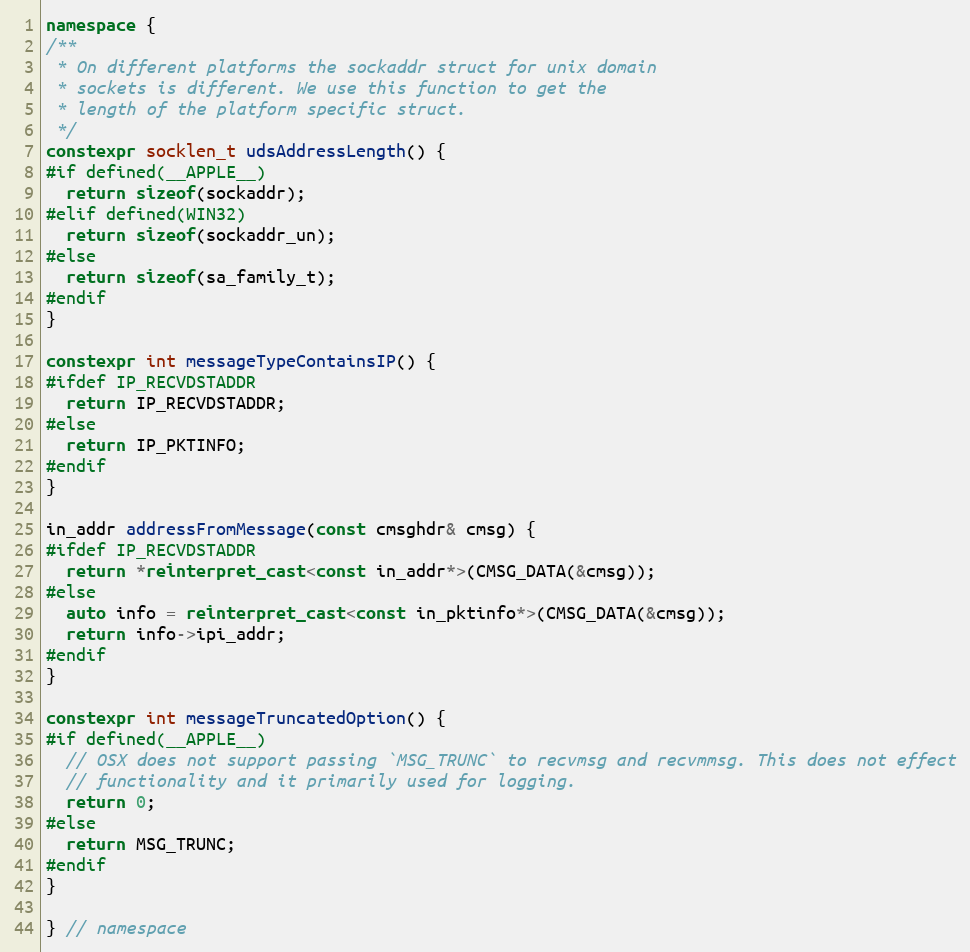
Language: C++
namespace {
/**
 * On different platforms the sockaddr struct for unix domain
 * sockets is different. We use this function to get the
 * length of the platform specific struct.
 */
constexpr socklen_t udsAddressLength() {
#if defined(__APPLE__)
  return sizeof(sockaddr);
#elif defined(WIN32)
  return sizeof(sockaddr_un);
#else
  return sizeof(sa_family_t);
#endif
}

constexpr int messageTypeContainsIP() {
#ifdef IP_RECVDSTADDR
  return IP_RECVDSTADDR;
#else
  return IP_PKTINFO;
#endif
}

in_addr addressFromMessage(const cmsghdr& cmsg) {
#ifdef IP_RECVDSTADDR
  return *reinterpret_cast<const in_addr*>(CMSG_DATA(&cmsg));
#else
  auto info = reinterpret_cast<const in_pktinfo*>(CMSG_DATA(&cmsg));
  return info->ipi_addr;
#endif
}

constexpr int messageTruncatedOption() {
#if defined(__APPLE__)
  // OSX does not support passing `MSG_TRUNC` to recvmsg and recvmmsg. This does not effect
  // functionality and it primarily used for logging.
  return 0;
#else
  return MSG_TRUNC;
#endif
}

} // namespace